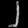
Digit: ၂